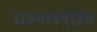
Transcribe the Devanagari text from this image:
राज्यनियंत्रित